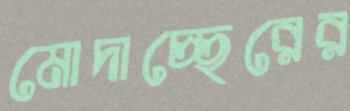
মোদাচ্ছেরের